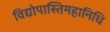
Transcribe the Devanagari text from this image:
विद्योपास्तिमहानिधि